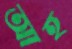
আহ